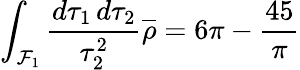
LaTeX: \int_{{\cal F}_{1}}\frac{d\tau_{1}\, d\tau_{2}}{\tau_{2}^{2}}\overline{{{\rho}}}=6\pi-\frac{45}{\pi}